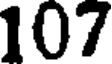
107